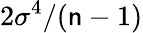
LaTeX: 2\sigma^{4}/(\mathsf{n}-1)